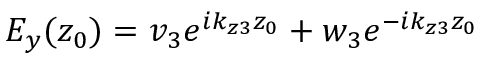
E _ { y } ( z _ { 0 } ) = v _ { 3 } e ^ { i k _ { z 3 } z _ { 0 } } + w _ { 3 } e ^ { - i k _ { z 3 } z _ { 0 } }